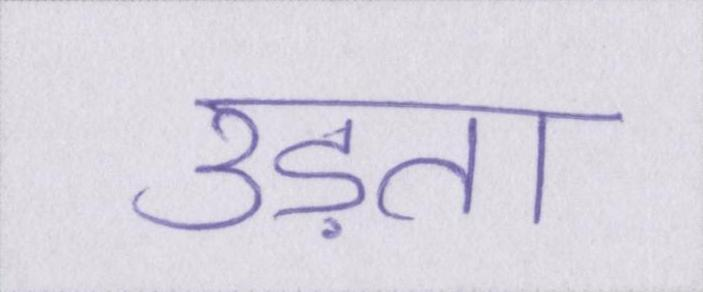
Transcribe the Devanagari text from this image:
उड़ता